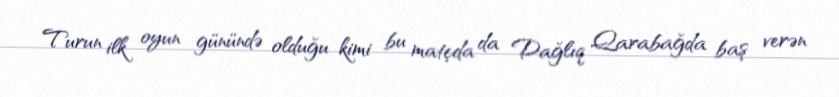
Turun ilk oyun günündə olduğu kimi bu matçda da Dağlıq Qarabağda baş verən